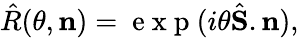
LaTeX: \hat{R}(\theta,\mathbf{n})=\mathrm{~e~x~p~}(i\theta\hat{\mathbf{S}}.\mathbf{n}),